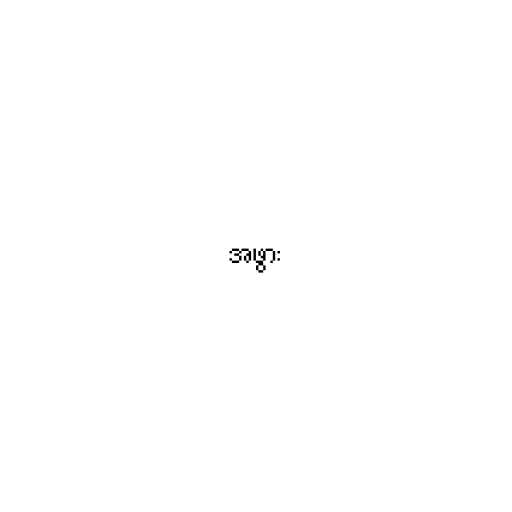
အဖွား